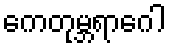
ကေတုမ္ဘရာဂေါ